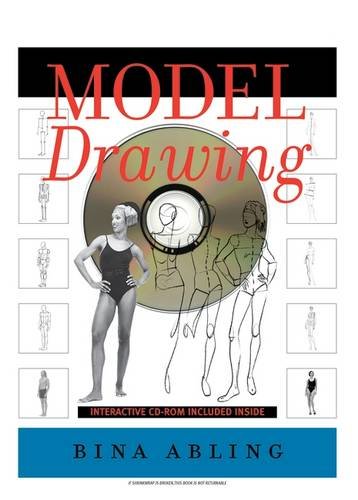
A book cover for Model Drawing; Bina Abling; Arts & Photography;